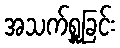
အသက်ရှူခြင်း